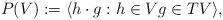
LaTeX: \begin{align*}P(V) := \langle h \cdot g : h \in V g \in T V \rangle,\end{align*}